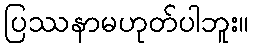
ပြဿနာမဟုတ်ပါဘူး။